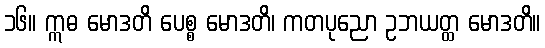
၁၆။ ဣဓ မောဒတိ ပေစ္စ မောဒတိ၊ ကတပုညော ဥဘယတ္ထ မောဒတိ။